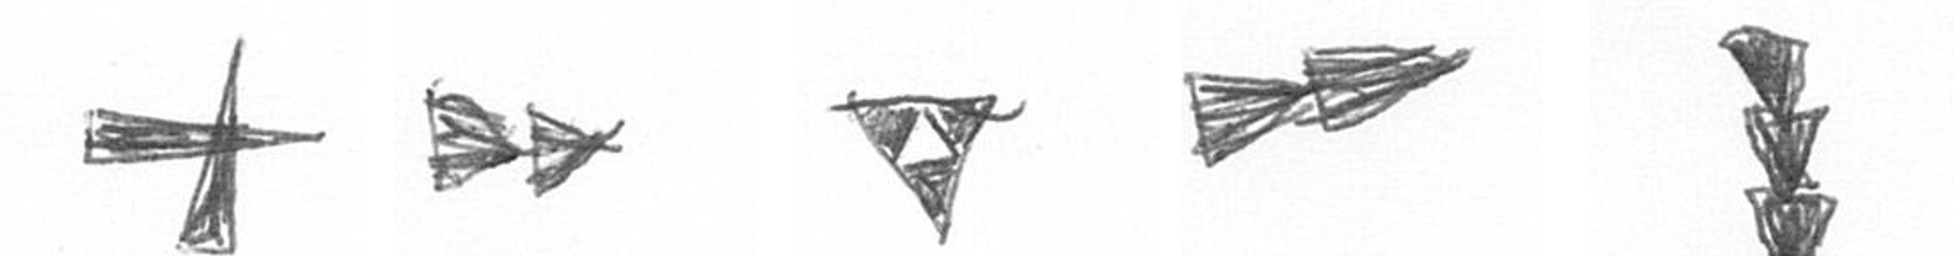
G A S A E